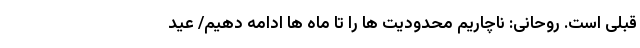
قبلی است. روحانی: ناچاریم محدودیت ها را تا ماه ها ادامه دهیم/ عید